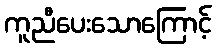
ကူညီပေးသောကြောင့်